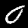
Label: 0